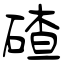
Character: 碴